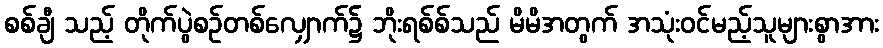
စစ်ချီ သည့် တိုက်ပွဲစဉ်တစ်လျှောက်၌ ဘိုးရစ်စ်သည် မိမိအတွက် အသုံးဝင်မည့်သူများစွာအား